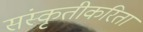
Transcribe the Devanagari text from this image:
संस्कृतीकरिता